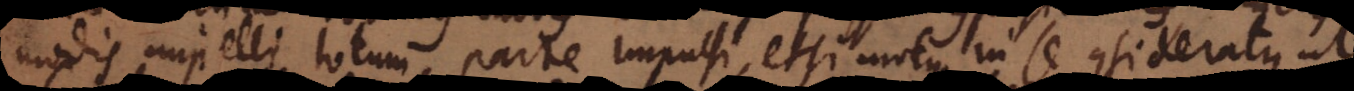
modis impelli totum, parte impuls[a], etsi motus in se consideratus ut